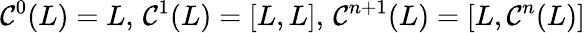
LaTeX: \mathcal{C}^{0}(L)=L,\, \mathcal{C}^{1}(L)=[L,L],\, \mathcal{C}^{n+1}(L)=[L,\mathcal{C}^{n}(L)]